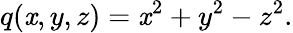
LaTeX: q(\mathit{x},y,z)=\mathit{x}^{2}+y^{2}-z^{2}.